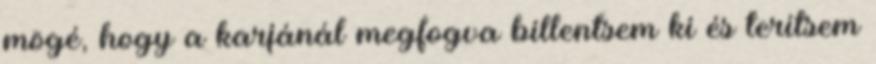
mögé, hogy a karjánál megfogva billentsem ki és terítsem